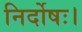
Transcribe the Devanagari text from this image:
निर्दोषः।